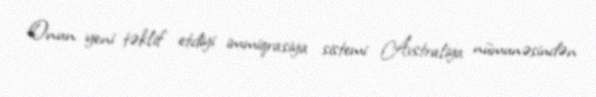
Onun yeni təklif etdiyi immiqrasiya sistemi Avstraliya nümunəsindən